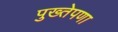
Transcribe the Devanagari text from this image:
पुख्तेपणा